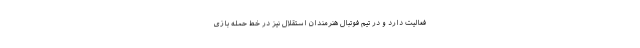
فعالیت دارد و در تیم فوتبال هنرمندان استقلال نیز در خط حمله بازی